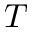
T